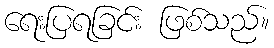
ရေးပြရခြင်း ဖြစ်သည်။